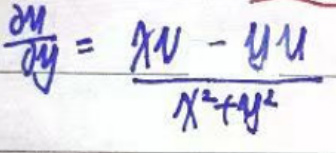
$\frac{\partial u}{\partial y}=\frac{x u - y u}{x^{2}+y^{2}}$